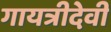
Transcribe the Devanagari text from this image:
गायत्रीदेवी